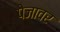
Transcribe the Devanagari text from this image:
पेजावर